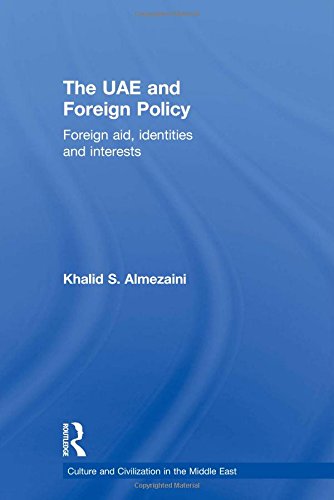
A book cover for The UAE and Foreign Policy: Foreign Aid, Identities and Interests (Culture and Civilization in the Middle East); Khalid S. Almezaini; History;